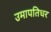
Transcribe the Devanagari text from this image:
उमापतिधर